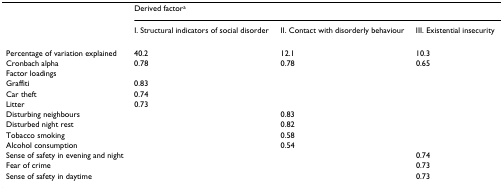
<table><thead><tr><td></td><td colspan="3"><b>Derived factor<sup>a</sup></b></td></tr><tr><td></td><td><b>I. Structural indicators of social disorder</b></td><td><b>II. Contact with disorderly behaviour</b></td><td><b>III. Existential insecurity</b></td></tr></thead><tbody><tr><td>Percentage of variation explained</td><td>40.2</td><td>12.1</td><td>10.3</td></tr><tr><td>Cronbach alpha</td><td>0.78</td><td>0.78</td><td>0.65</td></tr><tr><td>Factor loadings</td><td></td><td></td><td></td></tr><tr><td>Graffiti</td><td>0.83</td><td></td><td></td></tr><tr><td>Car theft</td><td>0.74</td><td></td><td></td></tr><tr><td>Litter</td><td>0.73</td><td></td><td></td></tr><tr><td>Disturbing neighbours</td><td></td><td>0.83</td><td></td></tr><tr><td>Disturbed night rest</td><td></td><td>0.82</td><td></td></tr><tr><td>Tobacco smoking</td><td></td><td>0.58</td><td></td></tr><tr><td>Alcohol consumption</td><td></td><td>0.54</td><td></td></tr><tr><td>Sense of safety in evening and night</td><td></td><td></td><td>0.74</td></tr><tr><td>Fear of crime</td><td></td><td></td><td>0.73</td></tr><tr><td>Sense of safety in daytime</td><td></td><td></td><td>0.73</td></tr></tbody></table>